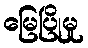
မြေပြိုမှု